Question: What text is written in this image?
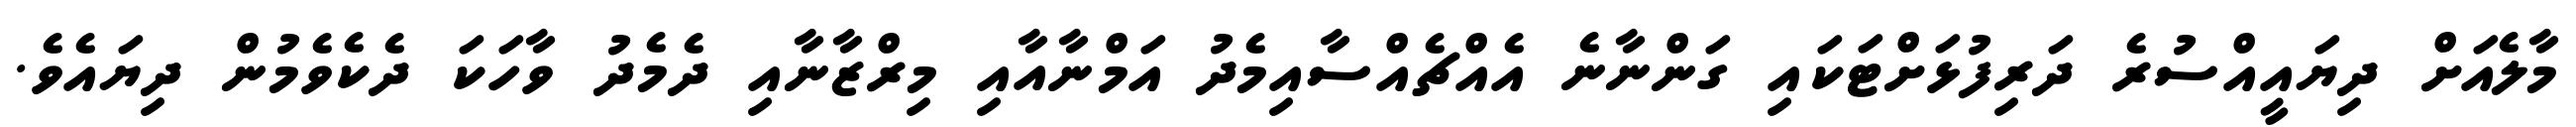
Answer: މާލެއަށް ދިޔައީއްސުރެ ދަރިފުޅަށްޓަކައި ގަންނާނެ އެއްޗެއްސާއިމެދު އަމްނާއާއި މިރްޒާނާއި ދެމެދު ވާހަކަ ދެކެވެމުން ދިޔައެވެ.